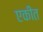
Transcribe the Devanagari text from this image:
एकीत